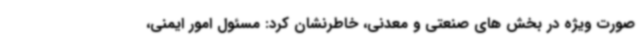
صورت ویژه در بخش های صنعتی و معدنی، خاطرنشان کرد: مسئول امور ایمنی،